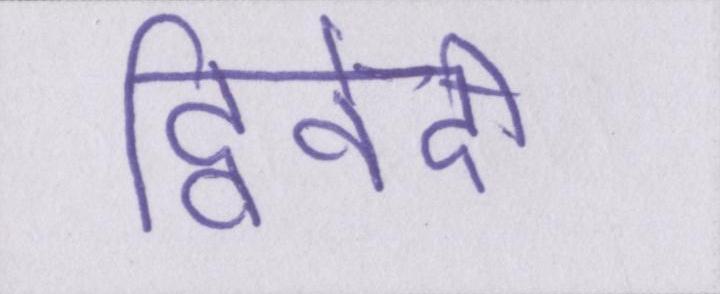
द्विवेदी